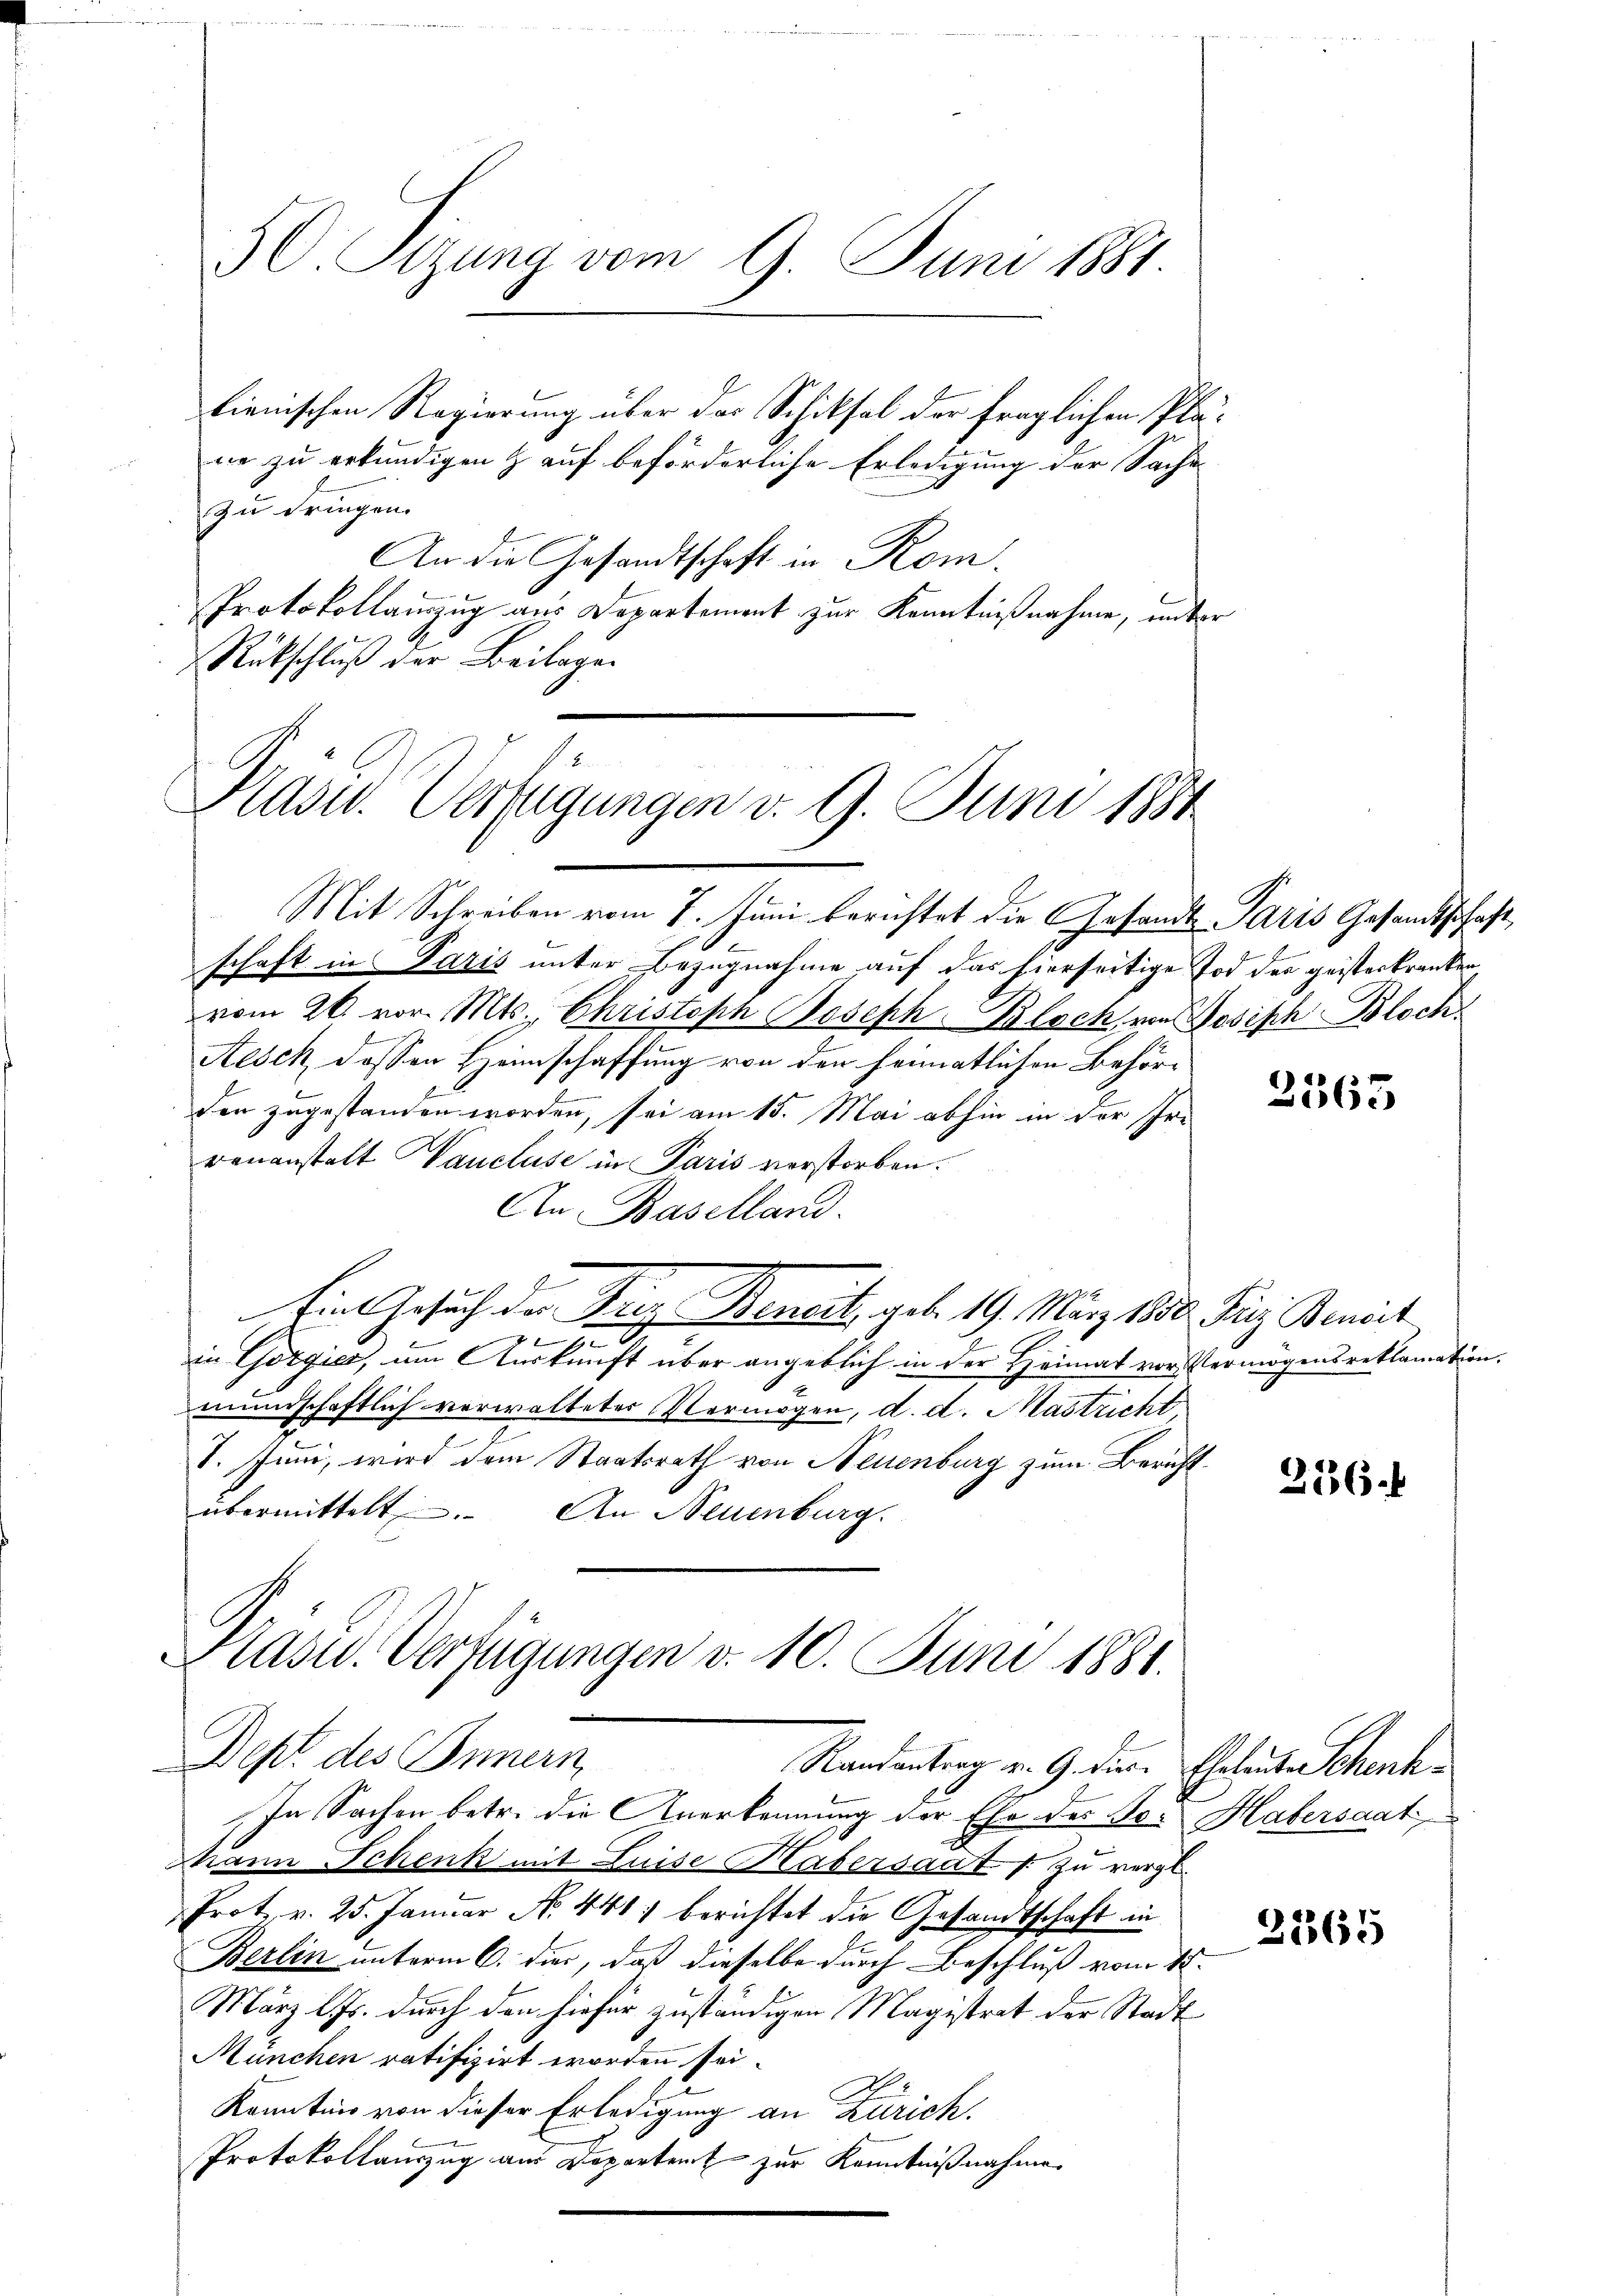
50. Sizung vom 9. Juni 1881.

lienischen Regierung über das Schiksal der fraglichen Pläne zu erkundigen & auf beförderliche Erledigung der Sache
zu dringen.
An die Gesandtschaft in Rom.
Protokollauszug aus Departement zur Kenntnißnahme, unter
Rückschluß der Beilagen
e

Hadw. Verfügungen d. 9. Juni 1884

Mit Schreiben vom 7. Juni berichtet die Gesandt-Paris Gesandtschaft
schaft in Paris unter Bezugnahme auf das hierseitige Tod des geisterkranken
vom 26. vor. Mts., Christoph Joseph. Bloch, von Josisch Bloch
Aesch, dassen Heimschaffung von den heimatlichen Behörden zugestanden worden, sei am 15. Mai abhin in der Ire
renanstalt aucluse in Paris verstorben.
An Baselland.
4
Ein Gesuch der Friz Bencit, geb. 19. März 1850 Friz Benoit
7
.
in Gorgier, um Auskunft über angeblich in der Heimat vor Vermögensreklamation.
mundschaftlich verwaltetes Vermögen, d. d. Mastricht
V. Juni, wird dem Staatsrath von Neuenburg zum Bericht
übermittelt. An Neuenburg.

In Sachen betr. die Anerkennung der Ehe des Se. Habersaat
Mann Schenk mit Luise Kasersaat zu vergl.
Prot. v. 25. Januar No. 441) berichtet die Gesandtschaft in
Berlin unterm 6. dies, daß dieselbe durch Beschluß vom 15.
März l. Js. durch den hiefür zuständigen Magistrat der Stadt
München ratifizirt worden sei.
Kenntnis von dieser Erledigung an Zürich.
Protokollauszug aus Departent zur Kenntnißnahme

Pasw. Verfügungen v. 10. Juni 1881.
Dept des Innern
Randantrag v. 9. die Eheleut Schenk

2565

216.

3165